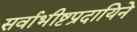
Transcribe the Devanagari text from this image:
सर्वाभीष्टप्रदायिने